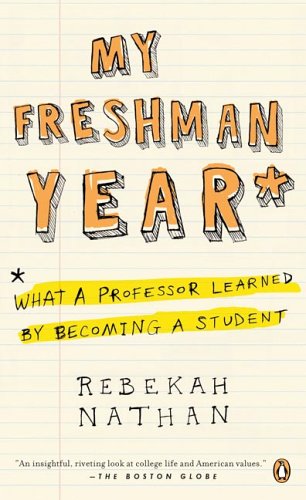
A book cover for My Freshman Year: What a Professor Learned by Becoming a Student; Rebekah Nathan; Education & Teaching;